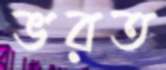
ভরত